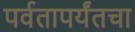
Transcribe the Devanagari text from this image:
पर्वतापर्यंतचा